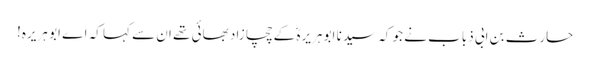
حارث بن ابی ذباب نے جو کہ سیدنا ابو ہریرہؓ کے چچا زاد بھائی تھے ان سے کہا کہ اے ابو ہریرہ!